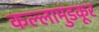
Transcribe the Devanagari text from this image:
कल्लामुंडकूर